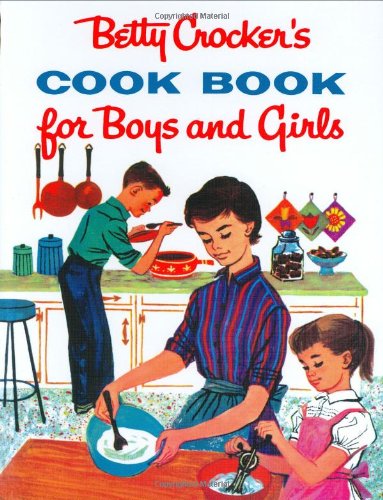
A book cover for Betty Crocker's Cook Book for Boys and Girls; Betty Crocker; Children's Books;